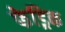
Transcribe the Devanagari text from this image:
फेड्रिक